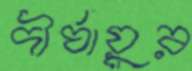
দীর্ঘায়ুর